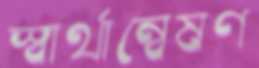
স্বার্থান্বেষণ